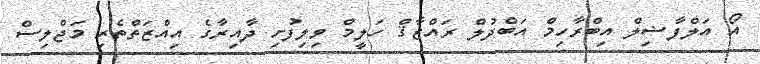
އޯ އަލްފާޟިލް އިބްރާހިމް އަބްދުލް ރައްޒާޤް ހަލީމް ވިލިފުށި ދާއިރާގެ އިއްޒަތްތެރި މަޖްލިސް